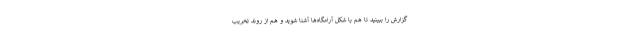
گزارش را ببینید تا هم با شکل آرامگاه‌ها آشنا شوید و هم از روند تخریب